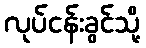
လုပ်ငန်းခွင်သို့